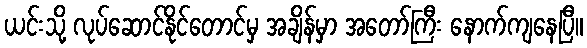
ယင်းသို့ လုပ်ဆောင်နိုင်တောင်မှ အချိန်မှာ အတော်ကြီး နောက်ကျနေပြီ။